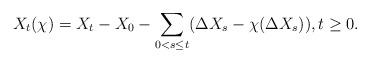
LaTeX: \begin{align*}X_t(\chi) = X_t - X_0 - \sum_{ 0 < s \leq t} (\Delta X_s - \chi(\Delta X_s)), t \geq 0.\end{align*}